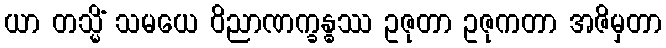
ယာ တသ္မိံ သမယေ ဝိညာဏက္ခန္ဓဿ ဥဇုတာ ဥဇုကတာ အဇိမှတာ